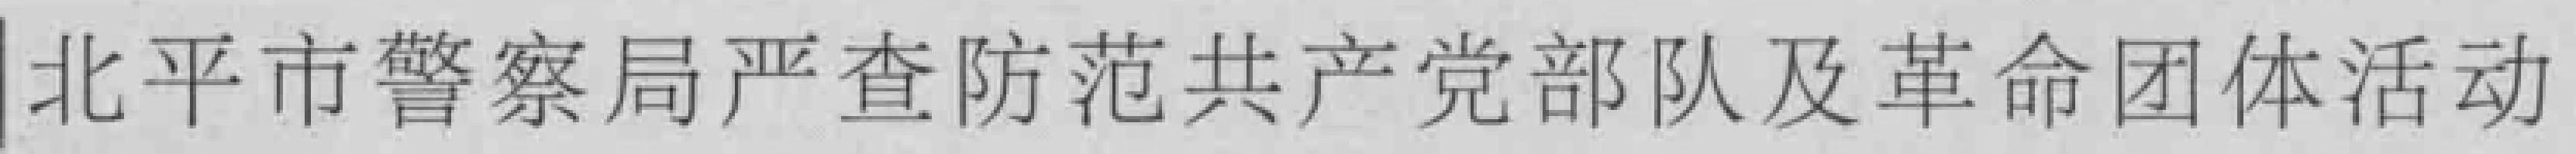
北平市警察局严查防范共产党部队及革命团体活动